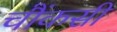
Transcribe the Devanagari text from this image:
चौंकसी